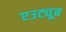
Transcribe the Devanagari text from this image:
एउट्यूब